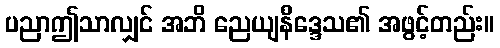
ပညာဤသာလျှင် အဘိ ညေယျနိဒ္ဒေသ၏ အဖွင့်တည်း။